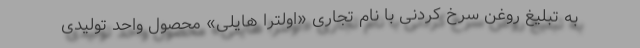
به تبلیغ روغن سرخ کردنی با نام تجاری «اولترا هایلی» محصول واحد تولیدی